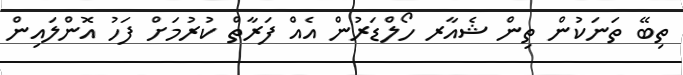
ތިބޭ ތަނަކުން ތިން ޝެއާރ ހޯލްޑަރުން އެއް ފަރާތް ކުރުމަށް ފަހު އޮންލައިން